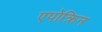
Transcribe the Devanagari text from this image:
एपोक्रिन